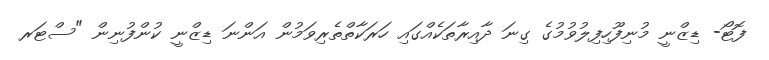
ފޮޓޯ- ޑިޒްނީ މުނިފޫހިފިލުވުމުގެ ގިނަ ދާއިރާތަކެއްގައި ހަރަކާތްތެރިވަމުން އަންނަ ޑިޒްނީ ކުންފުނިން "ސްޓަރ